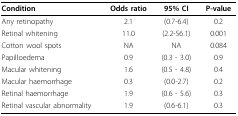
<table><thead><tr><td><b>Condition</b></td><td><b>Odds ratio</b></td><td><b>95% CI</b></td><td><b>P-value</b></td></tr></thead><tbody><tr><td>Any retinopathy</td><td>2.1</td><td>(0.7-6.4)</td><td>0.2</td></tr><tr><td>Retinal whitening</td><td>11.0</td><td>(2.2-56.1)</td><td>0.001</td></tr><tr><td>Cotton wool spots</td><td>NA</td><td>NA</td><td>0.084</td></tr><tr><td>Papilloedema</td><td>0.9</td><td>(0.3 - 3.0)</td><td>0.9</td></tr><tr><td>Macular whitening</td><td>1.6</td><td>(0.5 - 4.8)</td><td>0.4</td></tr><tr><td>Macular haemorrhage</td><td>0.3</td><td>(0.0-2.7)</td><td>0.2</td></tr><tr><td>Retinal haemorrhage</td><td>1.9</td><td>(0.6 - 5.6)</td><td>0.3</td></tr><tr><td>Retinal vascular abnormality</td><td>1.9</td><td>(0.6-6.1)</td><td>0.3</td></tr></tbody></table>